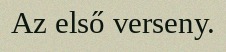
Az első verseny.